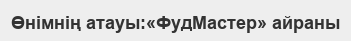
Өнімнің атауы:«ФудМастер» айраны